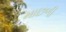
માછળી